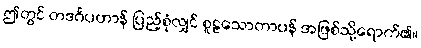
ဤတွင် တဒင်္ဂပဟာန် ပြည့်စုံလျှင် စူဠသောတာပန် အဖြစ်သို့ရောက်၏။